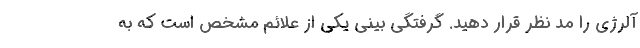
آلرژی را مد نظر قرار دهید. گرفتگی بینی یکی از علائم مشخص است که به